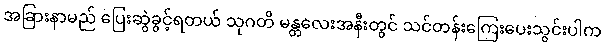
အခြားနာမည် ပြေးဆွဲခွင့်ရတယ် သုဂတိ မန္တလေးအနီးတွင် သင်တန်းကြေးပေးသွင်းပါက